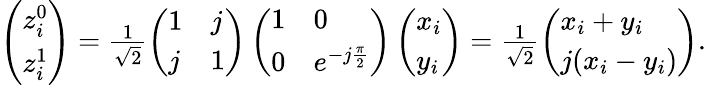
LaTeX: \begin{array}{r}{\left(\begin{array}{l}{z_{i}^{0}}\\ {z_{i}^{1}}\end{array}\right)=\frac{1}{\sqrt{2}}\left(\begin{array}{ll}{1}&{j}\\ {j}&{1}\end{array}\right)\left(\begin{array}{ll}{1}&{0}\\ {0}&{e^{-j\frac{\pi}{2}}}\end{array}\right)\left(\begin{array}{l}{x_{i}}\\ {y_{i}}\end{array}\right)=\frac{1}{\sqrt{2}}\left(\begin{array}{l}{x_{i}+y_{i}}\\ {j(x_{i}-y_{i})}\end{array}\right).}\end{array}